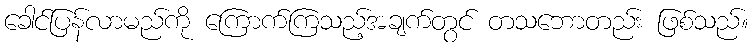
ခေါင်ပြန်လာမည်ကို ကြောက်ကြသည့်အချက်တွင် တသဘောတည်း ဖြစ်သည်။